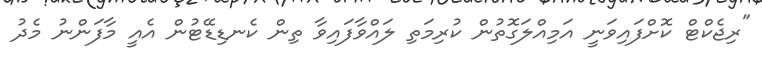
"ރިޖެކްޓް ކޮށްފައިވަނީ އަމިއްލަގޮތުން ކުރިމަތި ލައްވާފައިވާ ތިން ކެނޑިޑޭޓުން އެއީ މާފަންނު މެދު